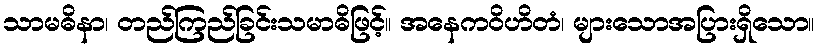
သာမဓိနာ၊ တည်ကြည်ခြင်းသမာဓိဖြင့်။ အနေကဝိဟိတံ၊ များသောအပြားရှိသော။